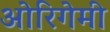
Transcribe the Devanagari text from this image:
ओरिगेमी